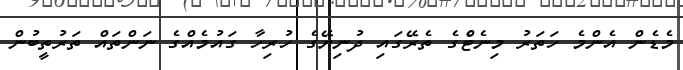
މެޑެން އެންމެ ހަތަރު މިނެޓްެގެ ތެރޭގައި ދުނިޔޭގެ ހުރިހާ ގައުމެއްގެ ނަންތައް ތަރުތީބުން